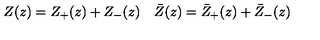
\begin{array} { c c } { Z ( z ) = Z _ { + } ( z ) + Z _ { - } ( z ) } & { \bar { Z } ( z ) = \bar { Z } _ { + } ( z ) + \bar { Z } _ { - } ( z ) } \\ \end{array}